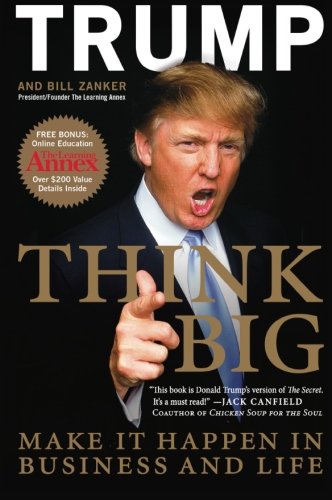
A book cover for Think Big: Make It Happen in Business and Life; Donald J. Trump; Business & Money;